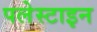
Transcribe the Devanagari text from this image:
पलेस्टाइन